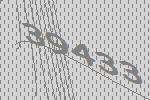
39433